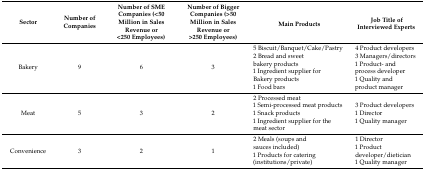
<table><thead><tr><td><b>Sector</b></td><td><b>Number of Companies</b></td><td><b>Number of SME Companies (&lt;50 Million in Sales Revenue or &lt;250 Employees)</b></td><td><b>Number of Bigger Companies (&gt;50 Million in Sales Revenue or &gt;250 Employees)</b></td><td><b>Main Products</b></td><td><b>Job Title of Interviewed Experts</b></td></tr></thead><tbody><tr><td>Bakery</td><td>9</td><td>6</td><td>3</td><td>5 Biscuit/Banquet/Cake/Pastry2 Bread and sweet bakery products1 Ingredient supplier for Bakery products1 Food bars</td><td>4 Product developers3 Managers/directors1 Product- and process developer1 Quality and product manager</td></tr><tr><td>Meat</td><td>5</td><td>3</td><td>2</td><td>2 Processed meat1 Semi-processed meat products1 Snack products1 Ingredient supplier for the meat sector</td><td>3 Product developers1 Director1 Quality manager</td></tr><tr><td>Convenience</td><td>3</td><td>2 </td><td>1</td><td>2 Meals (soups and sauces included)1 Products for catering (institutions/private)</td><td>1 Director 1 Product developer/dietician1 Quality manager</td></tr></tbody></table>